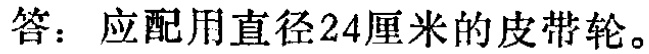
答：应配用直径24厘米的皮带轮。